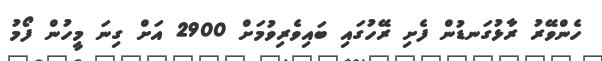
ހެންވޭރު ރާޅުގަނޑުން ފެށި ރޭހުގައި ބައިވެރިވުމަށް 2900 އަށް ގިނަ މީހުން ފޯމު